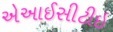
એઆઈસીટીઇ